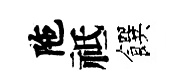
陁祗饌